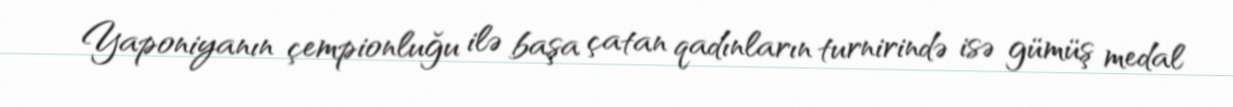
Yaponiyanın çempionluğu ilə başa çatan qadınların turnirində isə gümüş medal